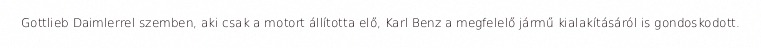
Gottlieb Daimlerrel szemben, aki csak a motort állította elő, Karl Benz a megfelelő jármű kialakításáról is gondoskodott.